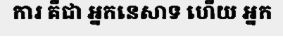
ការ គឺជា អ្នកនេសាទ ហើយ អ្នក